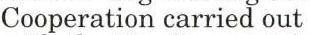
Cooperation carried out